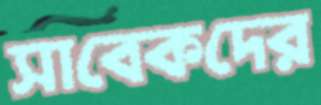
সাবেকদের